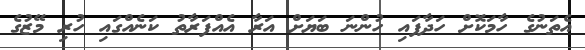
އެތަނުގެ ހާމަކޮށް ހަދާފައި ހުންނަ ބަޔަށް އަރާ އެއްފަރާތު ކަނެއްގައި ހުރި މޭޒުގެ